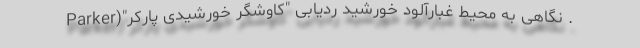
. نگاهی به محیط غبارآلود خورشید ردیابی "کاوشگر خورشیدی پارکر"(Parker